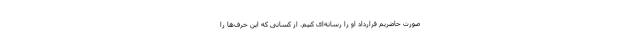
صورت حاضریم قرارداد او را رسانه‌ای کنیم. از کسانی که این حرف‌ها را